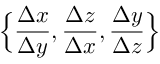
\Big \{ \frac { \Delta x } { \Delta y } , \frac { \Delta z } { \Delta x } , \frac { \Delta y } { \Delta z } \Big \}